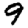
Digit: 9